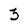
Character: 3